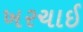
ખરચાઈ